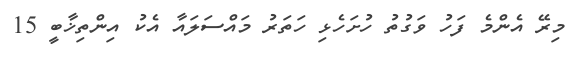
މިރޭ އެންމެ ފަހު ވަގުތު ހުށަހެޅި ހަތަރު މައްސަލައާ އެކު އިންތިޚާބީ 15